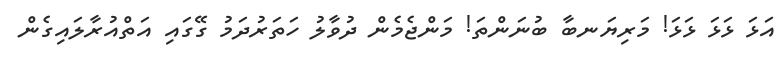
އަޅަ ޅަޅަ ޅަޅަ! މަރިޔަނބާ ބުނަންތަ! މަންޖެމެން ދުވާލު ހަތަރުދަމު ގޭގައި އަތްއުރާލައިގެން